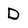
Character: D